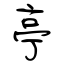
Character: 亭